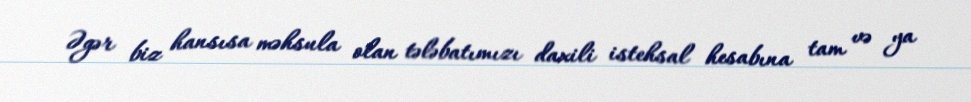
Əgər biz hansısa məhsula olan tələbatımızı daxili istehsal hesabına tam və ya